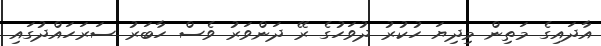
އާދައިގެ މަތިން މިދިޔަ ހުކުރު ދުވަހުގެ ރޭ ދަންވަރު ވެސް ހާބަރު ސަރަހައްދުގައި